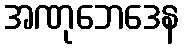
အဏုဘေဒေန